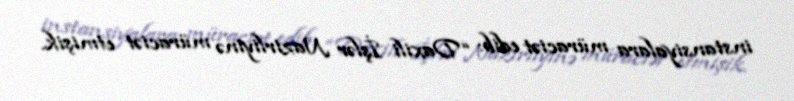
instansiyalara müraciət edib: “Daxili İşlər Nazirliyinə müraciət etmişik.